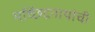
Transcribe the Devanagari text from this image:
मच्छिंद्रनाथांची